Civil Veterinary Dept. Assam report 1927-50 - 1927-1950
Year: 1927
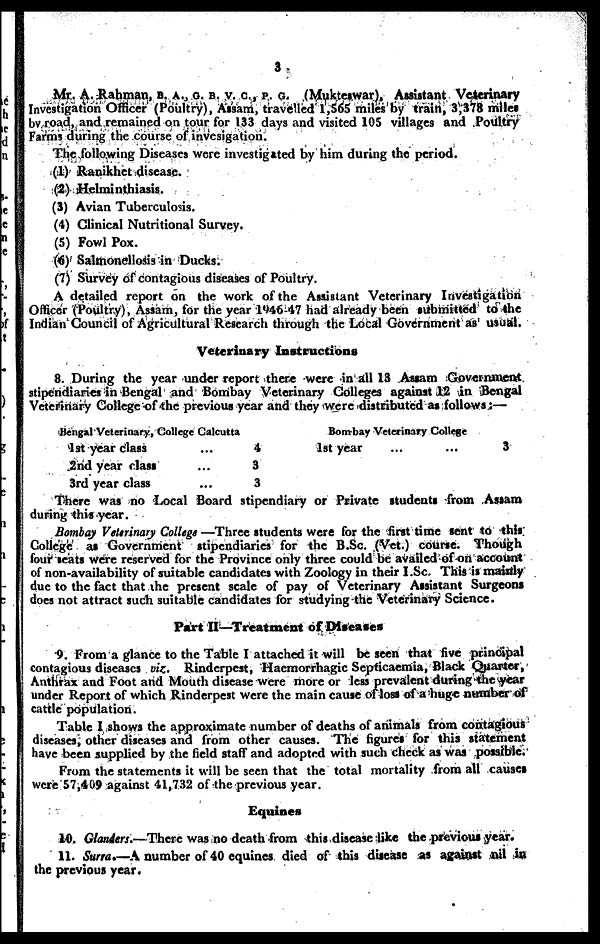
3
Mr. A. Rahman, B. A., G. B. V. C, P. G. (Mukteswar), Assistant Veterinary
Investigation Officer (Poultry), Assam, travelled 1,565 miles by train, 3,378 miles
by road, and remained on tour for 133 days and visited 105 villages and Poultry
Farms during the course of invesigation.
The following Diseases were investigated by him during the period.
(1) Ranikhet disease.
(2) Helminthiasis.
(3) Avian Tuberculosis.
(4) Clinical Nutritional Survey.
(5) Fowl Pox.
(6) Salmonellosis in Ducks.
(7) Survey of contagious diseases of Poultry.
A detailed report on the work of the Assistant Veterinary Investigation
Officer (Poultry), Assam, for the year 1946-47 had already been submitted to the
Indian Council of Agricultural Research through the Local Government as usual.
Veterinary Instructions
8. During the year under report there were in all 13 Assam Government
stipendiaries in Bengal and Bombay Veterinary Colleges against 12 in Bengal
Veterinary College of the previous year and they were distributed as follows:—
Bengal Veterinary, College Calcutta
1 st year class ...
2nd year class ...
3rd year class ...
4
3
3
Bombay Veterinary College
1st year ... ...
3
There was no Local Board stipendiary or Private students from Assam
during this year.
Bombay Veterinary College —Three students were for the first time sent to this
College as Government stipendiaries for the B.Sc. (Vet.) course. Though
four seats were reserved for the Province only three could be availed of on account
of non-availability of suitable candidates with Zoology in their I.Sc This is mainly
due to the fact that the present scale of pay of Veterinary Assistant Surgeons
does not attract such suitable candidates for studying the Veterinary Science.
Part II—Treatment of Diseases
9. From a glance to the Table I attached it will be seen that five principal
contagious diseases viz. Rinderpest, Haemorrhagic Septicaemia, Black Quarter,
Anthrax and Foot and Mouth disease were more or less prevalent during the year
under Report of which Rinderpest were the main cause of loss of a huge number of
cattle population.
Table 1 shows the approximate number of deaths of animals from contagious
diseases, other diseases and from other causes. The figures for this statement
have been supplied by the field staff and adopted with such check as was possible.
From the statements it will be seen that the total mortality from all causes
were 57,409 against 41,732 of the previous year.
Equines
10. Glanders.—There was no death from this disease like the previous year.
11. Surra.—A number of 40 equines died of this disease as against nil in
the previous year.